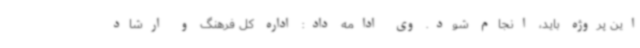
این پروژه باید، انجام شود. وی ادامه داد: اداره‌ کل فرهنگ و ارشاد